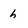
Character: h